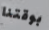
بوقتنا